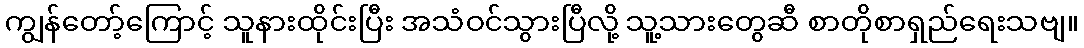
ကျွန်တော့်ကြောင့် သူနားထိုင်းပြီး အသံဝင်သွားပြီလို့ သူ့သားတွေဆီ စာတိုစာရှည်ရေးသဗျ။